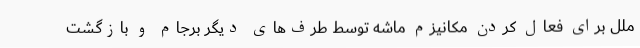
ملل برای فعال کردن مکانیزم ماشه توسط طرف‌های دیگر برجام و بازگشت